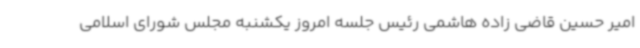
امیر حسین قاضی زاده هاشمی رئیس جلسه امروز یکشنبه مجلس شورای اسلامی